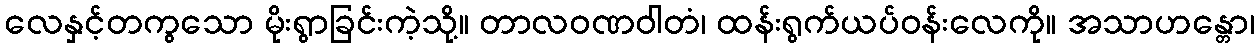
လေနှင့်တကွသော မိုးရွာခြင်းကဲ့သို့။ တာလဝဏဝါတံ၊ ထန်းရွက်ယပ်ဝန်းလေကို။ အသာဟန္တော၊